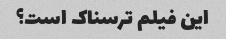
این فیلم ترسناک است؟